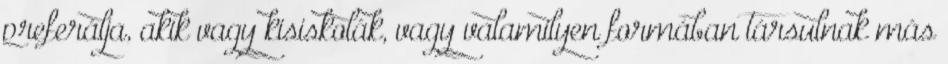
preferálja, akik vagy kisiskolák, vagy valamilyen formában társulnak más